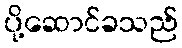
ပို့ဆောင်ခသည်